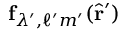
\mathbf { f } _ { \lambda ^ { \prime } , \ell ^ { \prime } m ^ { \prime } } ( \hat { \mathbf { r } } ^ { \prime } )